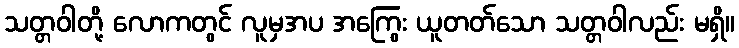
သတ္တဝါတို့ လောကတွင် လူမှအပ အကြွေး ယူတတ်သော သတ္တဝါလည်း မရှိ။